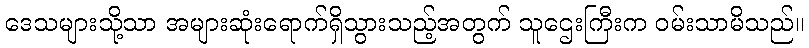
ဒေသများသို့သာ အများဆုံးရောက်ရှိသွားသည့်အတွက် သူဌေးကြီးက ဝမ်းသာမိသည်။